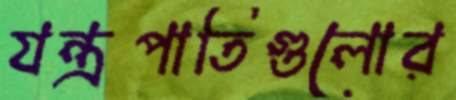
যন্ত্রপাতিগুলোর